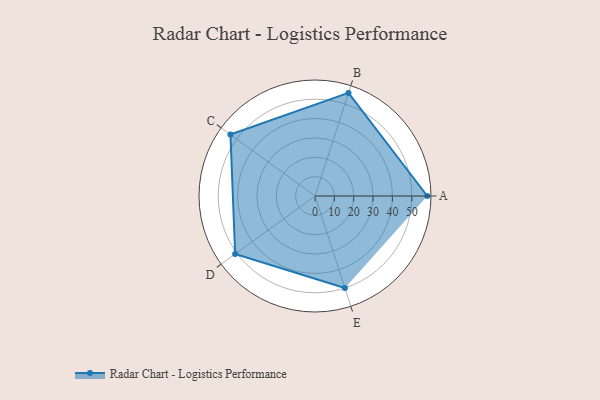
{"axis": {"x": "Skill", "y": "Score"}, "legend": ["Profile"], "data": [{"x": "A", "y": 58.0, "type": "Profile"}, {"x": "B", "y": 56.0, "type": "Profile"}, {"x": "C", "y": 54.0, "type": "Profile"}, {"x": "D", "y": 51.0, "type": "Profile"}, {"x": "E", "y": 50.0, "type": "Profile"}]}